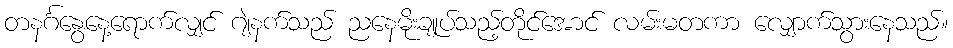
တနင်္ဂနွေနေ့ရောက်လျှင် ဂျဲနက်သည် ညနေမိုးချုပ်သည့်တိုင်အောင် လမ်းမတကာ လျှောက်သွားနေသည်။